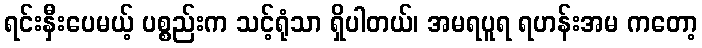
ရင်းနှီးပေမယ့် ပစ္စည်းက သင့်ရုံသာ ရှိပါတယ်၊ အမရပူရ ရဟန်းအမ ကတော့